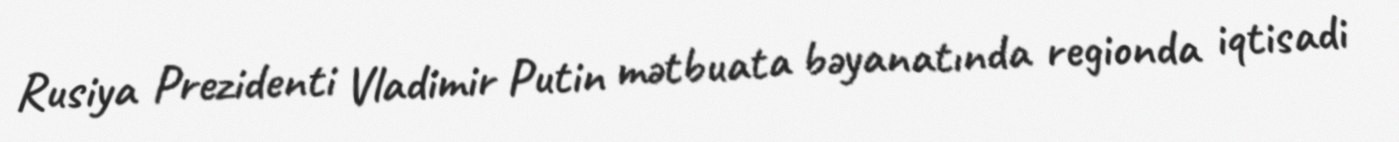
Rusiya Prezidenti Vladimir Putin mətbuata bəyanatında regionda iqtisadi